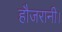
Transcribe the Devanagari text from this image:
हौजरानी।